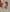
Text: x2